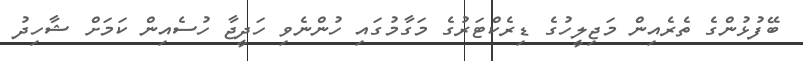
ބޭފުޅުންގެ ތެރެއިން މަޖިލީހުގެ ޑިރެކްޓަރުގެ މަގާމުގައި ހުންނެވި ހަދީޖާ ހުސެއިން ކަމަށް ޝާހިދު